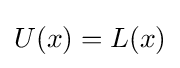
U(x)=L(x)